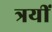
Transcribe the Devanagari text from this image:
त्रयीं